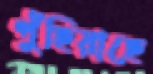
পুঁছিয়াছে